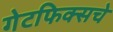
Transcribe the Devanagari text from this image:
गेटफिक्सचे